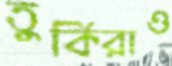
তুর্কিরাও